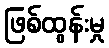
ဖြစ်ထွန်းမှု